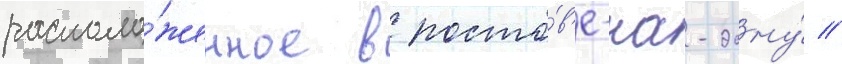
располо́женное в росто́в'е-на-дону́ //